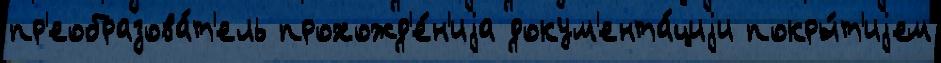
пр'еобразова́т'ель прохожд'е́н'иjа докум'ента́циjи покры́т'иjем